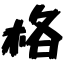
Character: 格